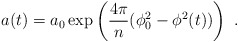
\begin{align*}a(t) = a_0 \exp \left({4 \pi\over n}(\phi^2_0 - \phi^2(t))\right) \ .\end{align*}